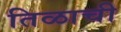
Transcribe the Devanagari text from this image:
तिळाची